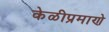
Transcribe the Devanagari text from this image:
केळीप्रमाणे